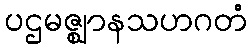
ပဌမဇ္ဈာနသဟဂတံ